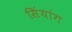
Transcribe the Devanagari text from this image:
सिंयांग